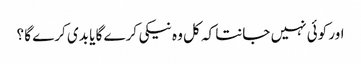
اور کوئی نہیں جانتا کہ کل وہ نیکی کرے گا یا بدی کرے گا ؟